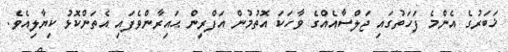
ޚަބަރުގެ އެންމެ ފަހަތުގައި ޖަލްސާއެއްގެ ވާހަކަ އޮތުމުން އަފްރީން ޙައިރާންވެފައި އެތަންކޮޅު ކިޔާލިއެވެ.